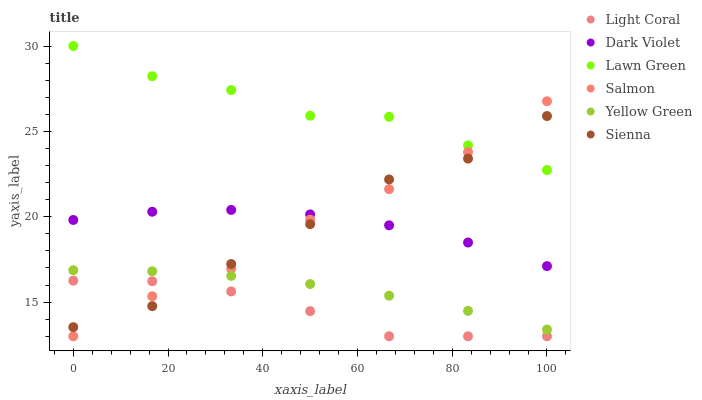
| xaxis_label | Light Coral | Dark Violet | Lawn Green | Salmon | Yellow Green | Sienna |
 | --- | --- | --- | --- | --- | --- | --- |
 | 0 | 16.3 | 19.8 | 30 | 13 | 16.9 | 13.5 |
 | 16.7 | 16.2 | 20.3 | 28.2 | 15.3 | 16.8 | 14.8 |
 | 33.3 | 15.6 | 20.4 | 27.4 | 17 | 16.5 | 17.2 |
 | 50 | 14.5 | 20.1 | 25.9 | 19.8 | 16.1 | 19.6 |
 | 66.7 | 13 | 19.5 | 25.9 | 21.6 | 15.4 | 22.2 |
 | 83.3 | 13 | 18.5 | 24.2 | 23.8 | 14.5 | 23.4 |
 | 100 | 13 | 17.1 | 22.7 | 26.8 | 13.4 | 25.9 |